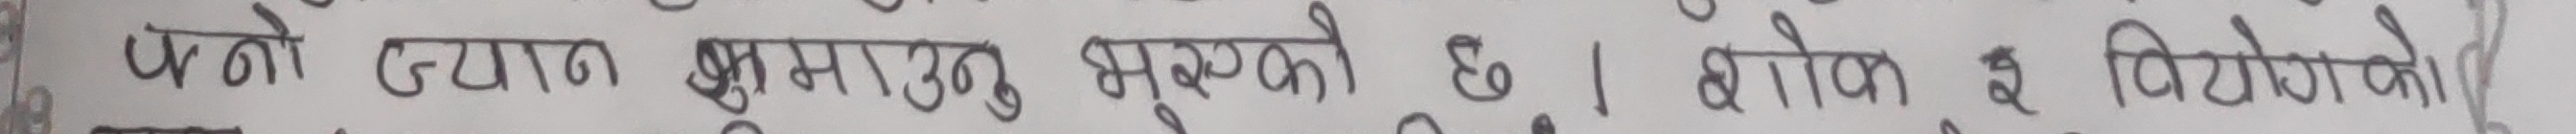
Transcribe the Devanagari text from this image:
पन्चोद्यान कुमराउ भुस्कुको छ । अशोकले वियोगको